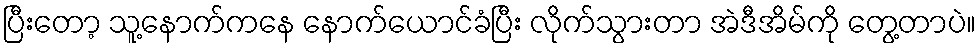
ပြီးတော့ သူ့နောက်ကနေ နောက်ယောင်ခံပြီး လိုက်သွားတာ အဲဒီအိမ်ကို တွေ့တာပဲ။